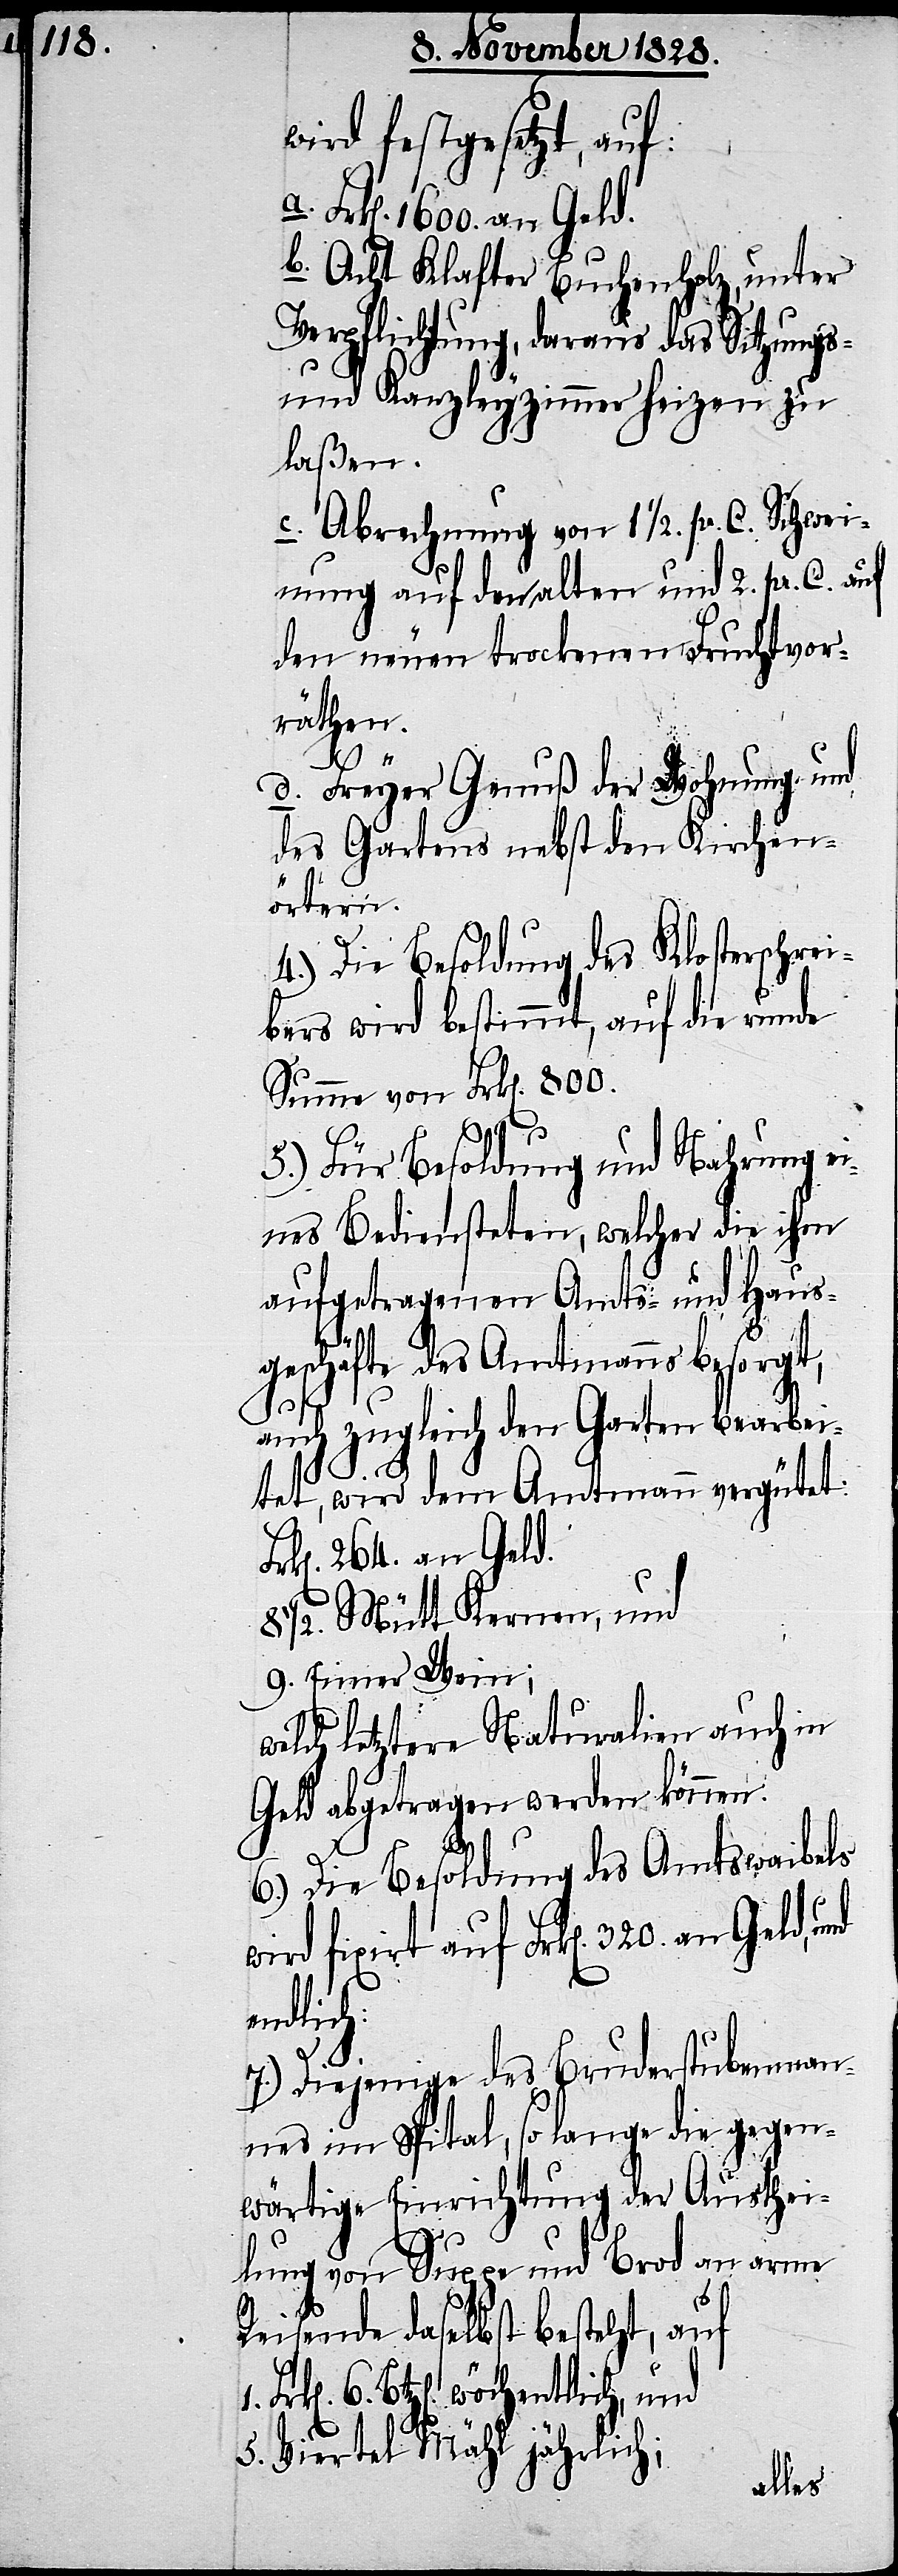
wird festgesetzt, auf:
Frk[en]. 320. an Geld,
b. Acht Klafter Buchenholz, unter
Verpflichtung, daraus das Sitzungs-
und Kanzleyzimmer heizen zu
laßen.
c. Abrechnung von 1 1/2. pr. C. Schwei¬
nung auf den alten und 2. pr. C. auf
den neuen trockenen Fruchtvor¬
räthen.
d. Freyer Genuß der Wohnung und
des Gartens nebst den Kirchen¬
örtern.
4.) Die Besoldung des Klosterschrei¬
bers wird bestimmt, auf die runde
Summe von Frk[en]. 800.
5.) Für Besoldung und Nahrung ei¬
nes Bediensteten, welcher die ihm
aufgetragenen Amts- und Haus¬
geschäfte des Amtsmanns besorgt,
auf
auch zugleich den Garten bearbei¬
tet, wird dem Amtmann vergütet:
1/2. Mütt Kernen, und
9. Eimer Wein;
welch letztere Naturalien auch in
Geld abgetragen werden können.
6.) Die Besoldung des Amtswaibels
endlich:
7.) Diejenige des Bruderstubenman¬
nes im Spital, so lange die gegen¬
wärtige Einrichtung der Austhei¬
lung von Suppe und Brod an arme
Reisende daselbst besteht, auf
6. Btz[en]. wöchentlich und
5. Viertel Mähl jährlich;